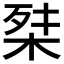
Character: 𭪕